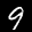
Label: 9